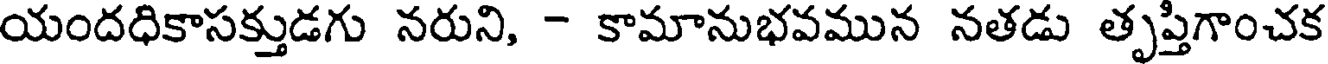
యందధికాసక్తుడగు నరుని, - కామానుభవమున నతడు తృప్తిగాంచక